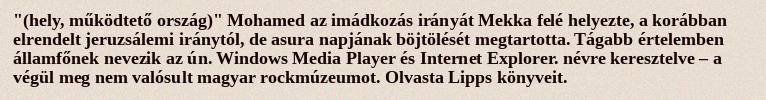
"(hely, működtető ország)" Mohamed az imádkozás irányát Mekka felé helyezte, a korábban elrendelt jeruzsálemi iránytól, de asura napjának böjtölését megtartotta. Tágabb értelemben államfőnek nevezik az ún. Windows Media Player és Internet Explorer. névre keresztelve – a végül meg nem valósult magyar rockmúzeumot. Olvasta Lipps könyveit.